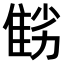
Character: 𨾻